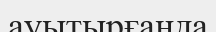
ауытырғанда